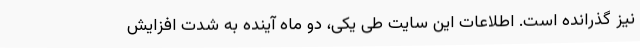
نیز گذرانده است. اطلاعات این سایت طی یکی، دو ماه آینده به شدت افزایش